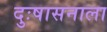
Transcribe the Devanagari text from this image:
दुःषासनाला